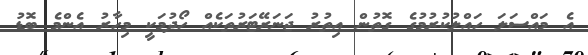
އެ މައްސަލަ ހައްލުކުރުމުގެ ގޮތުން އިތުރު ޖަނަރޭޓަރުތަކެއް ހޯދުމަކީ މިހާރު އެންމެ ބޮޑު